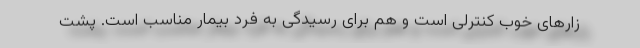
زارهای خوب کنترلی است و هم برای رسیدگی به فرد بیمار مناسب است. پشتِ